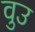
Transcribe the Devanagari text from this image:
वुउ